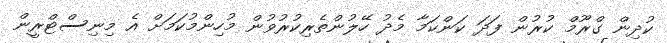
ކުދިން ގްރޫމް ކުރުން ފަދަ ކަންކަމާ މެދު ހޭލުންތެރިކުރުވުން މުހިންމުކަމަށް އެ މިނިސްޓްރީން